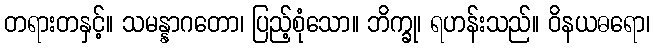
တရားတနှင့်။ သမန္နာဂတော၊ ပြည့်စုံသော။ ဘိက္ခု၊ ရဟန်းသည်။ ဝိနယဓရော၊